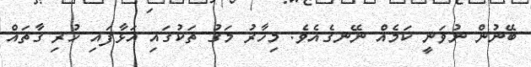
ބޭނުން ނުވަނީ ކަމެއް ނޭނގެއެވެ. މިހާރު މަގު ތަކުގައި އަޅާފައި ހުރި ގާތައް